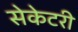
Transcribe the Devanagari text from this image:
सेकेटरी